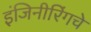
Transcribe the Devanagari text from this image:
इंजिनीरिंगचे